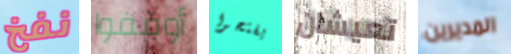
نفخ أوقفوا يفتحوا تعيشان المديرين